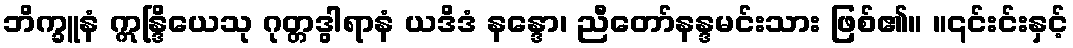
ဘိက္ခူနံ ဣန္ဒြိယေသု ဂုတ္တဒွါရာနံ ယဒိဒံ နန္ဒော၊ ညီတော်နန္ဒမင်းသား ဖြစ်၏။ ။၎င်းင်းနှင့်